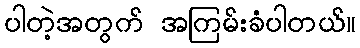
ပါတဲ့အတွက် အကြမ်းခံပါတယ်။